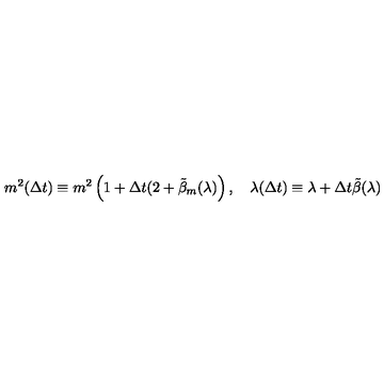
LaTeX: m ^ { 2 } ( \Delta t ) \equiv m ^ { 2 } \left( 1 + \Delta t ( 2 + \tilde { \beta } _ { m } ( \lambda ) \right) , \quad \lambda ( \Delta t ) \equiv \lambda + \Delta t \tilde { \beta } ( \lambda )